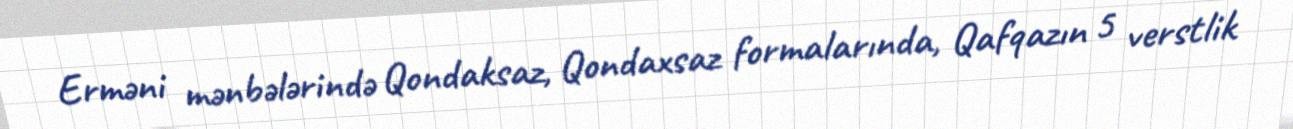
Erməni mənbələrində Qondaksaz, Qondaxsaz formalarında, Qafqazın 5 verstlik